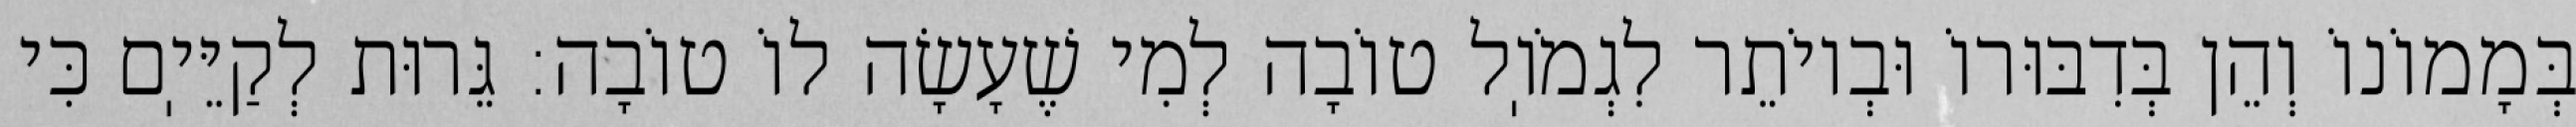
בְּמָמוֹנוֹ וְהֵן בְּדִבּוּרוֹ וּבְיוֹתֵר לִגְמֹוֽל טוֹבָה לְמִי שֶׁעָשָׂה לוֹ טוֹבָה: גֵּרוּת לְקַיֵּיֽם כִּי